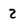
Character: 2